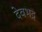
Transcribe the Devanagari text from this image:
देवभद्र